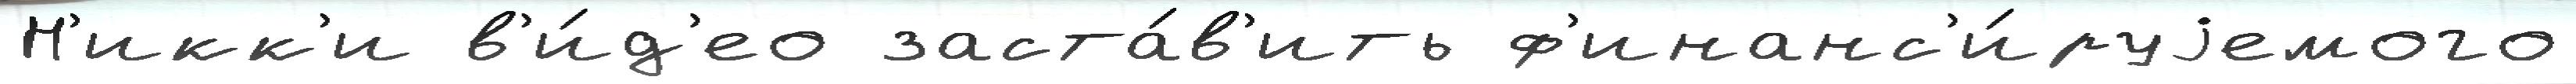
Н'икк'и в'и́д'ео заста́в'ить ф'инанс'и́руjемого